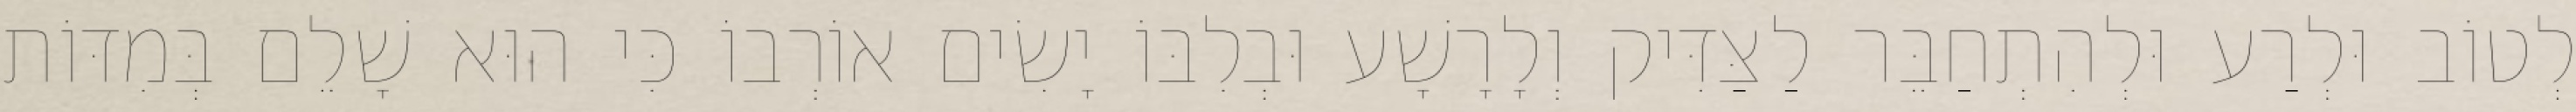
לְטוֹב וּלְרַע וּלְהִתְחַבֵּר לַצַּדִּיק וְלָרָשָׁע וּבְלִבּוֹ יָשִׂים אוֹרְבוֹ כִּי הוּא שָׁלֵם בְּמִדּוֹת